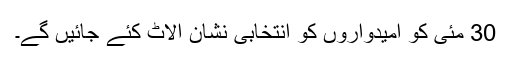
30 مئی کو امیدواروں کو انتخابی نشان الاٹ کئے جائیں گے۔